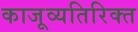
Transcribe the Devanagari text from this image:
काजूव्यतिरिक्त